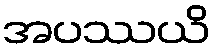
အပဿယိ